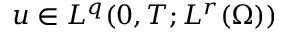
u \in L ^ { q } ( 0 , T ; L ^ { r } ( \Omega ) )